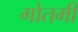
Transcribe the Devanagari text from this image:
गोतमी